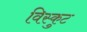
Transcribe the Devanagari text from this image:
विस्कुट